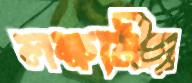
লক্ষ্যনীয়